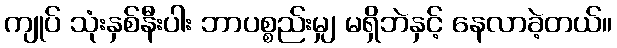
ကျုပ် သုံးနှစ်နီးပါး ဘာပစ္စည်းမျှ မရှိဘဲနှင့် နေလာခဲ့တယ်။